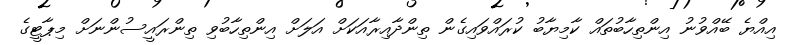
އިއްޔެ ބޭއްވުނު އިންތިހާބުތައް ކާމިޔާބު ކުރައްވައިގެން ތިންދާއިރާއަކަށް އަލަށް އިންތިހާބުވި ތިންރައީސުންނަށް މިޕާޓީގެ